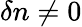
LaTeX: \delta n\neq 0